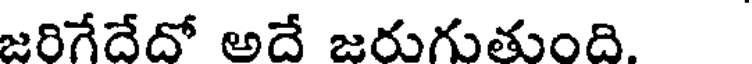
జరిగేదేదో అదే జరుగుతుంది.